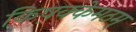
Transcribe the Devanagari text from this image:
किष़क्केमठम्